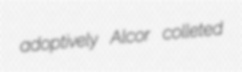
adoptively Alcor colleted